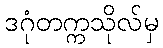
ဒဂုံတက္ကသိုလ်မှ